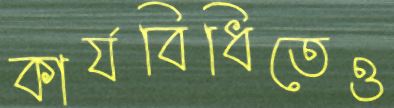
কার্যবিধিতেও